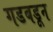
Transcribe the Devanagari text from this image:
गडबडून